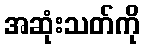
အဆုံးသတ်ကို